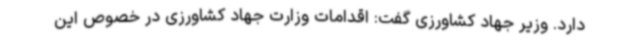
دارد. وزیر جهاد کشاورزی گفت: اقدامات وزارت جهاد کشاورزی در خصوص این